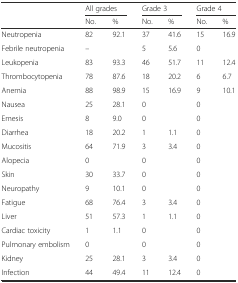
<table><thead><tr><td></td><td colspan="2"><b>All grades</b></td><td colspan="2"><b>Grade 3</b></td><td colspan="2"><b>Grade 4</b></td></tr><tr><td></td><td><b>No.</b></td><td><b>%</b></td><td><b>No.</b></td><td><b>%</b></td><td><b>No.</b></td><td><b>%</b></td></tr></thead><tbody><tr><td>Neutropenia</td><td>82</td><td>92.1</td><td>37</td><td>41.6</td><td>15</td><td>16.9</td></tr><tr><td>Febrile neutropenia</td><td colspan="2">–</td><td>5</td><td>5.6</td><td colspan="2">0</td></tr><tr><td>Leukopenia</td><td>83</td><td>93.3</td><td>46</td><td>51.7</td><td>11</td><td>12.4</td></tr><tr><td>Thrombocytopenia</td><td>78</td><td>87.6</td><td>18</td><td>20.2</td><td>6</td><td>6.7</td></tr><tr><td>Anemia</td><td>88</td><td>98.9</td><td>15</td><td>16.9</td><td>9</td><td>10.1</td></tr><tr><td>Nausea</td><td>25</td><td>28.1</td><td colspan="2">0</td><td colspan="2">0</td></tr><tr><td>Emesis</td><td>8</td><td>9.0</td><td colspan="2">0</td><td colspan="2">0</td></tr><tr><td>Diarrhea</td><td>18</td><td>20.2</td><td>1</td><td>1.1</td><td colspan="2">0</td></tr><tr><td>Mucositis</td><td>64</td><td>71.9</td><td>3</td><td>3.4</td><td colspan="2">0</td></tr><tr><td>Alopecia</td><td colspan="2">0</td><td colspan="2">0</td><td colspan="2">0</td></tr><tr><td>Skin</td><td>30</td><td>33.7</td><td colspan="2">0</td><td colspan="2">0</td></tr><tr><td>Neuropathy</td><td>9</td><td>10.1</td><td colspan="2">0</td><td colspan="2">0</td></tr><tr><td>Fatigue</td><td>68</td><td>76.4</td><td>3</td><td>3.4</td><td colspan="2">0</td></tr><tr><td>Liver</td><td>51</td><td>57.3</td><td>1</td><td>1.1</td><td colspan="2">0</td></tr><tr><td>Cardiac toxicity</td><td>1</td><td>1.1</td><td colspan="2">0</td><td colspan="2">0</td></tr><tr><td>Pulmonary embolism</td><td colspan="2">0</td><td colspan="2">0</td><td colspan="2">0</td></tr><tr><td>Kidney</td><td>25</td><td>28.1</td><td>3</td><td>3.4</td><td colspan="2">0</td></tr><tr><td>Infection</td><td>44</td><td>49.4</td><td>11</td><td>12.4</td><td colspan="2">0</td></tr></tbody></table>